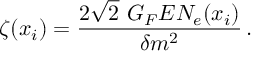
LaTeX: \zeta ( x _ { i } ) = \frac { 2 \sqrt { 2 } \ G _ { F } E N _ { e } ( x _ { i } ) } { \delta m ^ { 2 } } \, .